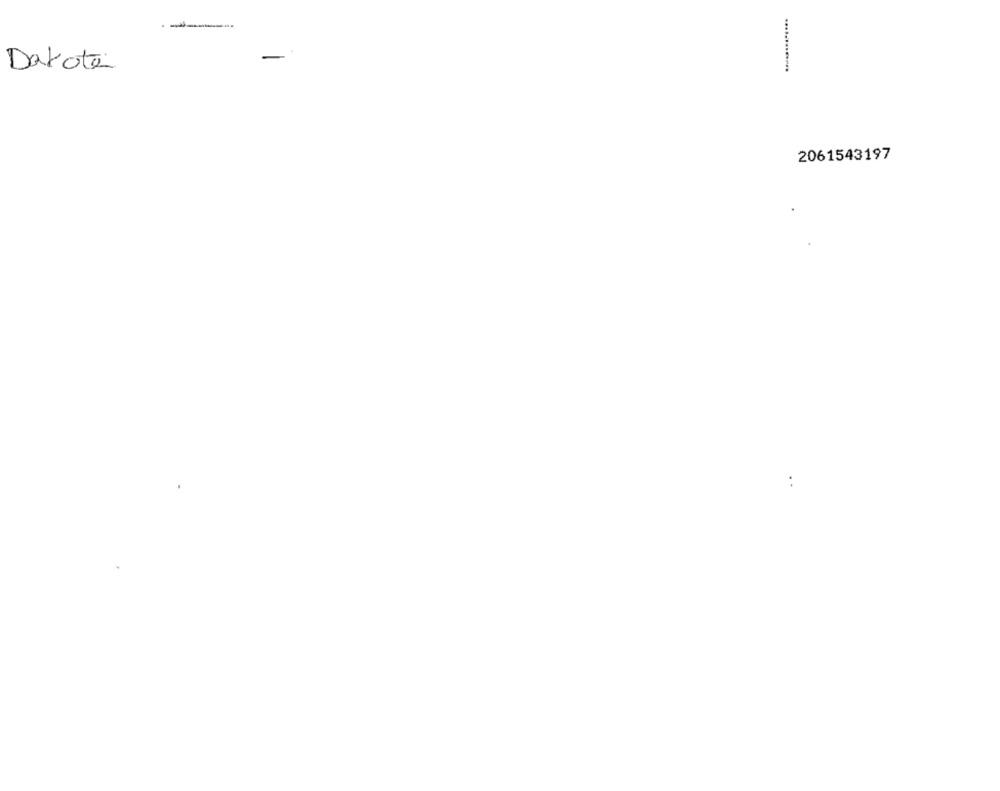
.-
Dakota
2061543197